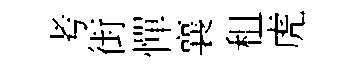
考街憚襄租虎